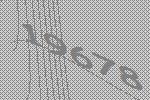
19678